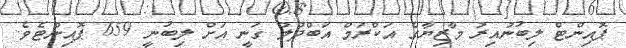
ޕޮއިންޓް ލިބުނުއިރު މާޒިޔާގެ އަކްރަމް އަބްދުލް ގަނީ އަށް ލިބުނީ 659 ޕޮއިންޓެވެ.